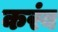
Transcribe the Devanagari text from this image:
करंब